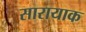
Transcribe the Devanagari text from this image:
सारायाक